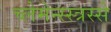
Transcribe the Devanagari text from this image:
च्लेमेन्स्स्त्रस्से